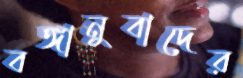
বঙ্গানুবাদের